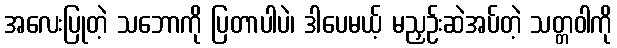
အလေးပြုတဲ့ သဘောကို ပြတာပါပဲ၊ ဒါပေမယ့် မညှဉ်းဆဲအပ်တဲ့ သတ္တဝါကို